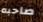
صاحبه